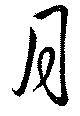
月